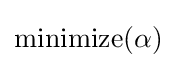
{\text{minimize}}(\alpha )